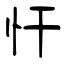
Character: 忓